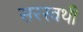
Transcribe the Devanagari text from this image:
सरस्वथी